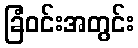
ခြံဝင်းအတွင်း